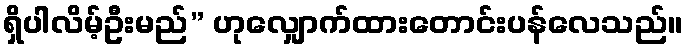
ရှိပါလိမ့်ဦးမည်” ဟုလျှောက်ထားတောင်းပန်လေသည်။